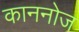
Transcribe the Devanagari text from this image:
काननोज